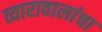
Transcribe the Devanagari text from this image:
व्यारावालांचा